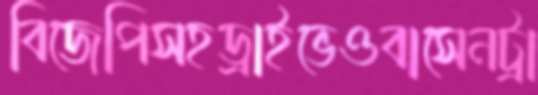
বিজেপিসহড্রাইভেওবাসেনট্রা